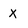
Character: X